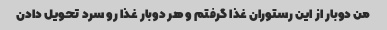
من دوبار از این رستوران غذا گرفتم و هر دوبار غذا رو سرد تحویل دادن